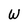
Character: W